65_HS1-834228961_62-HQ-83894_Section_3
Agency: FBI
Page 133
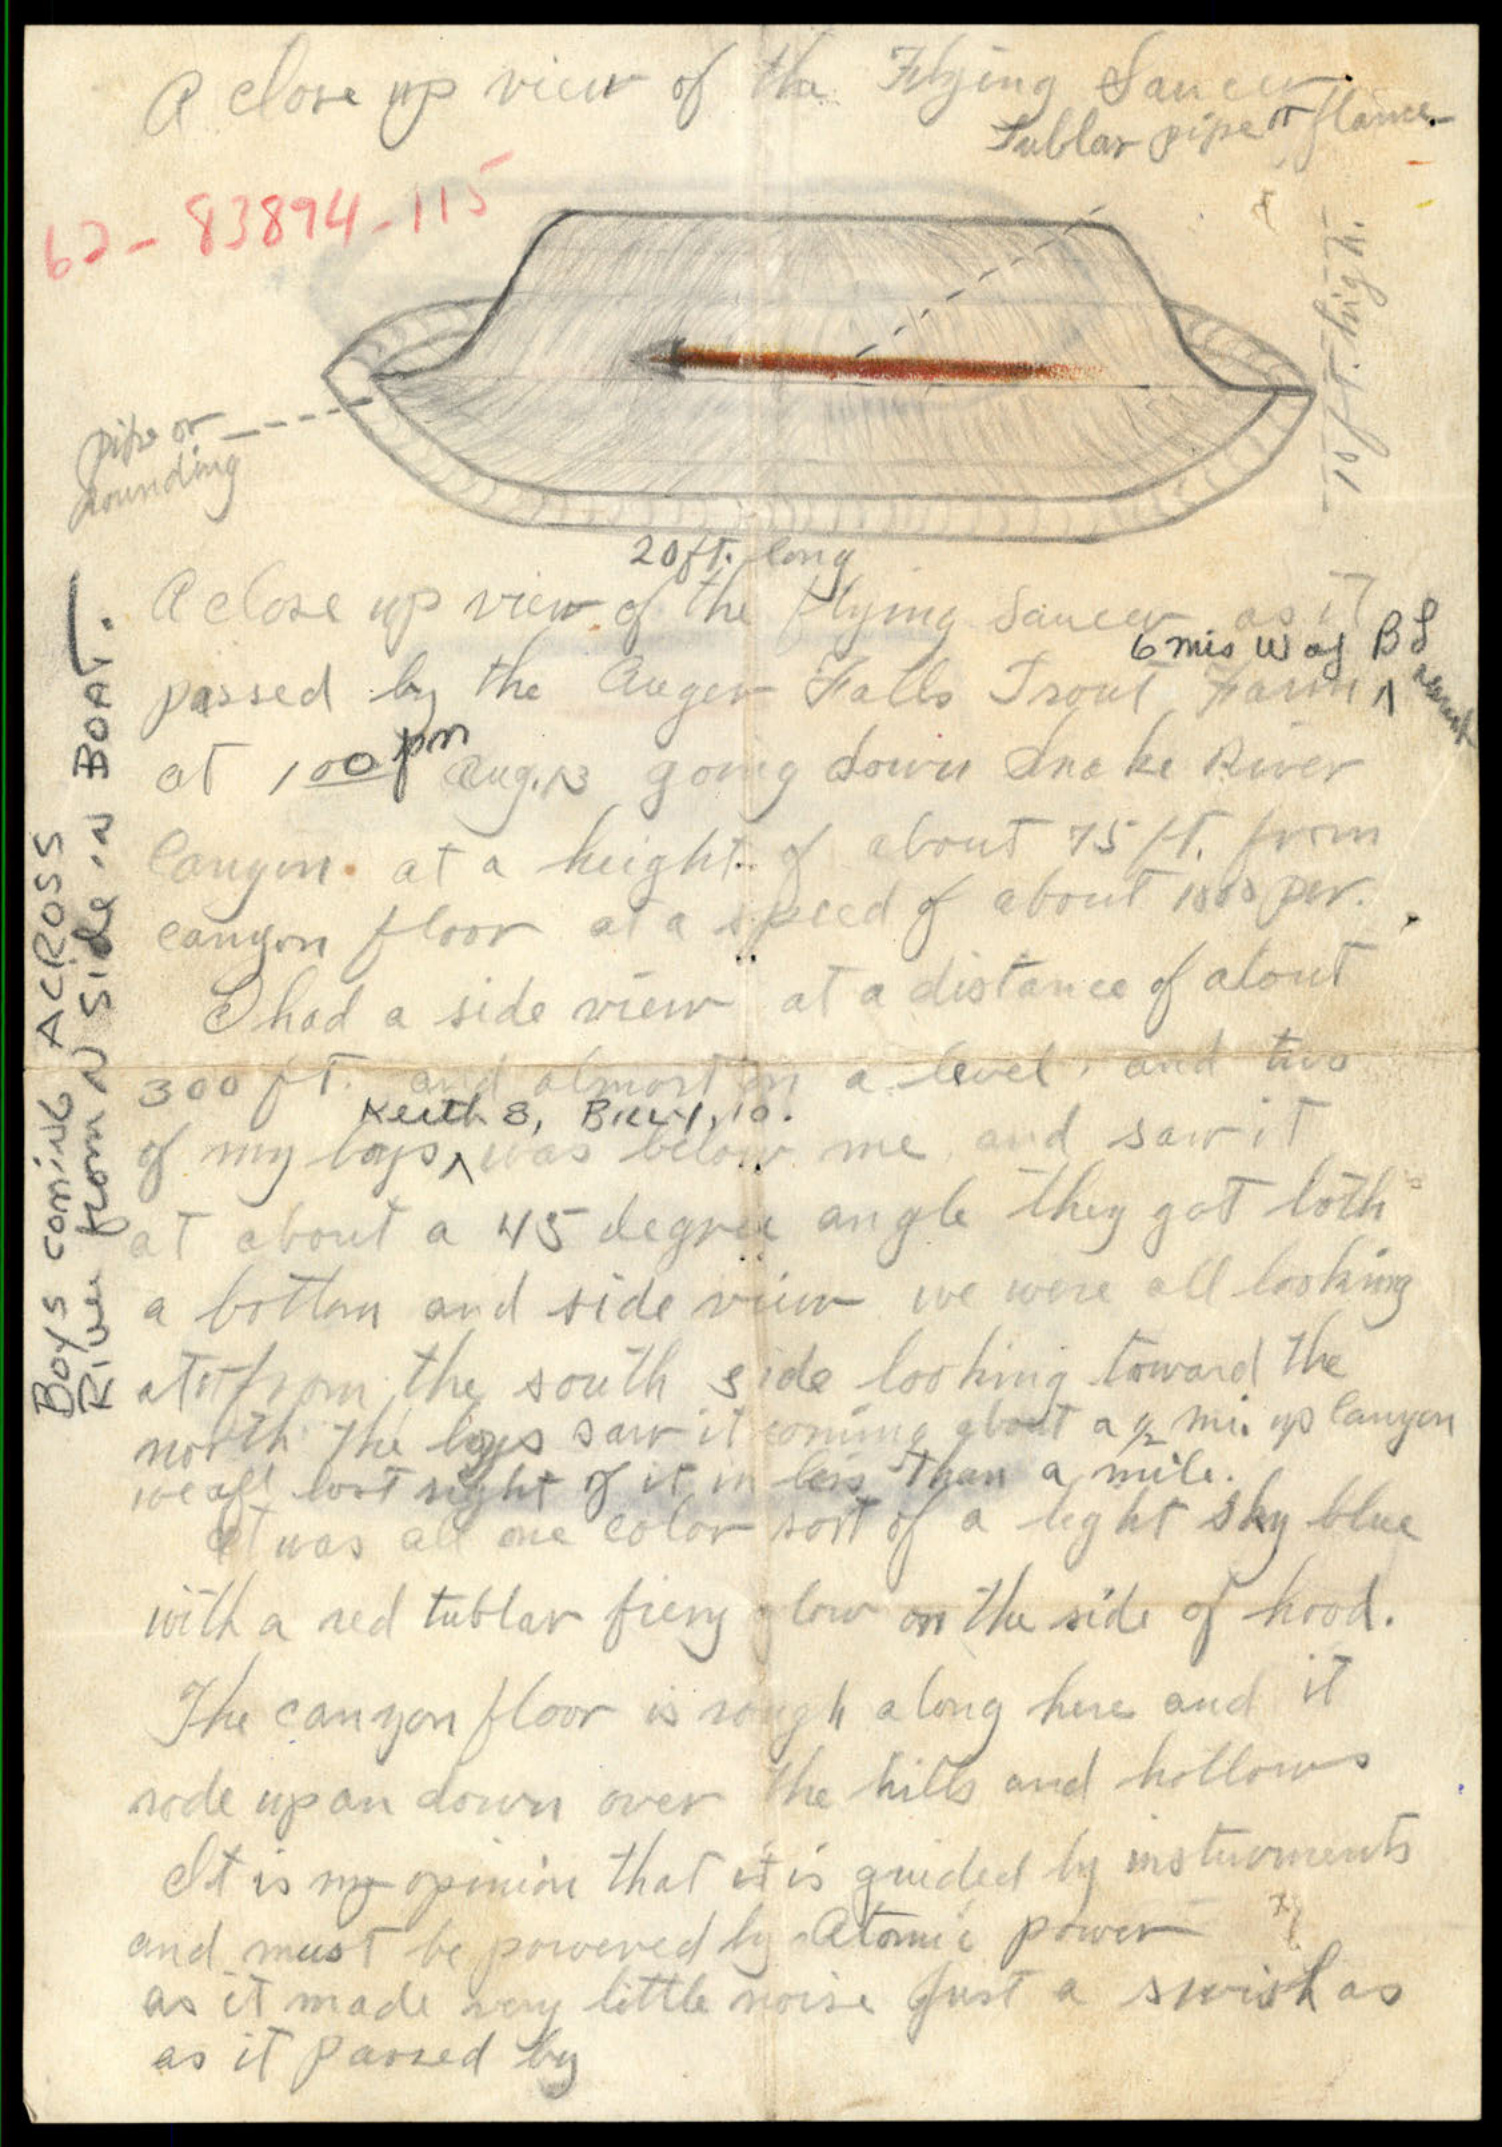